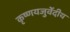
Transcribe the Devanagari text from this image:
कृष्णयजुर्वेदीय